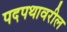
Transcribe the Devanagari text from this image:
पदपथावरील